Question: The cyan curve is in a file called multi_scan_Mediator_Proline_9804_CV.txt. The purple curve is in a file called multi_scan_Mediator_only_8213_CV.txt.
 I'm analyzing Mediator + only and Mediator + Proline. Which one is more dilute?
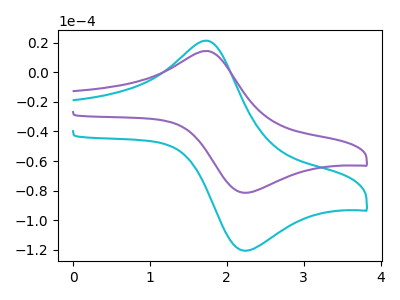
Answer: <think>The cyan curve "Mediator + Proline" has an anodic peak at (1.75V, 21.35uA) and a cathodic peak at (2.25V, -120.70uA). The purple curve "Mediator + only" has an anodic peak at (1.75V, 14.40uA) and a cathodic peak at (2.25V, -81.50uA).
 All the peaks in "Mediator + only" have a peak in "Mediator + Proline" at the same potential. Every peak in "Mediator + only" is lower than every peak in "Mediator + Proline".</think>
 <answer>"Mediator + only" has less signal than "Mediator + Proline" and so likely has a lower concentration.</answer>
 <eval>less_concentration</eval>